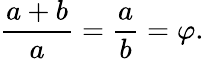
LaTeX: {\frac{a+b}{a}}={\frac{a}{b}}=\varphi.